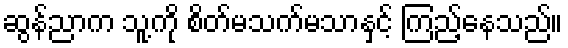
ဆွန်ညာက သူ့ကို စိတ်မသက်မသာနှင့် ကြည့်နေသည်။